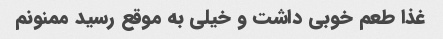
غذا طعم خوبی داشت و خیلی به موقع رسید ممنونم